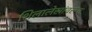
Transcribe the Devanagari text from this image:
शिलालेखांवरून